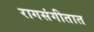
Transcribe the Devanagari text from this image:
रागसंगीतात